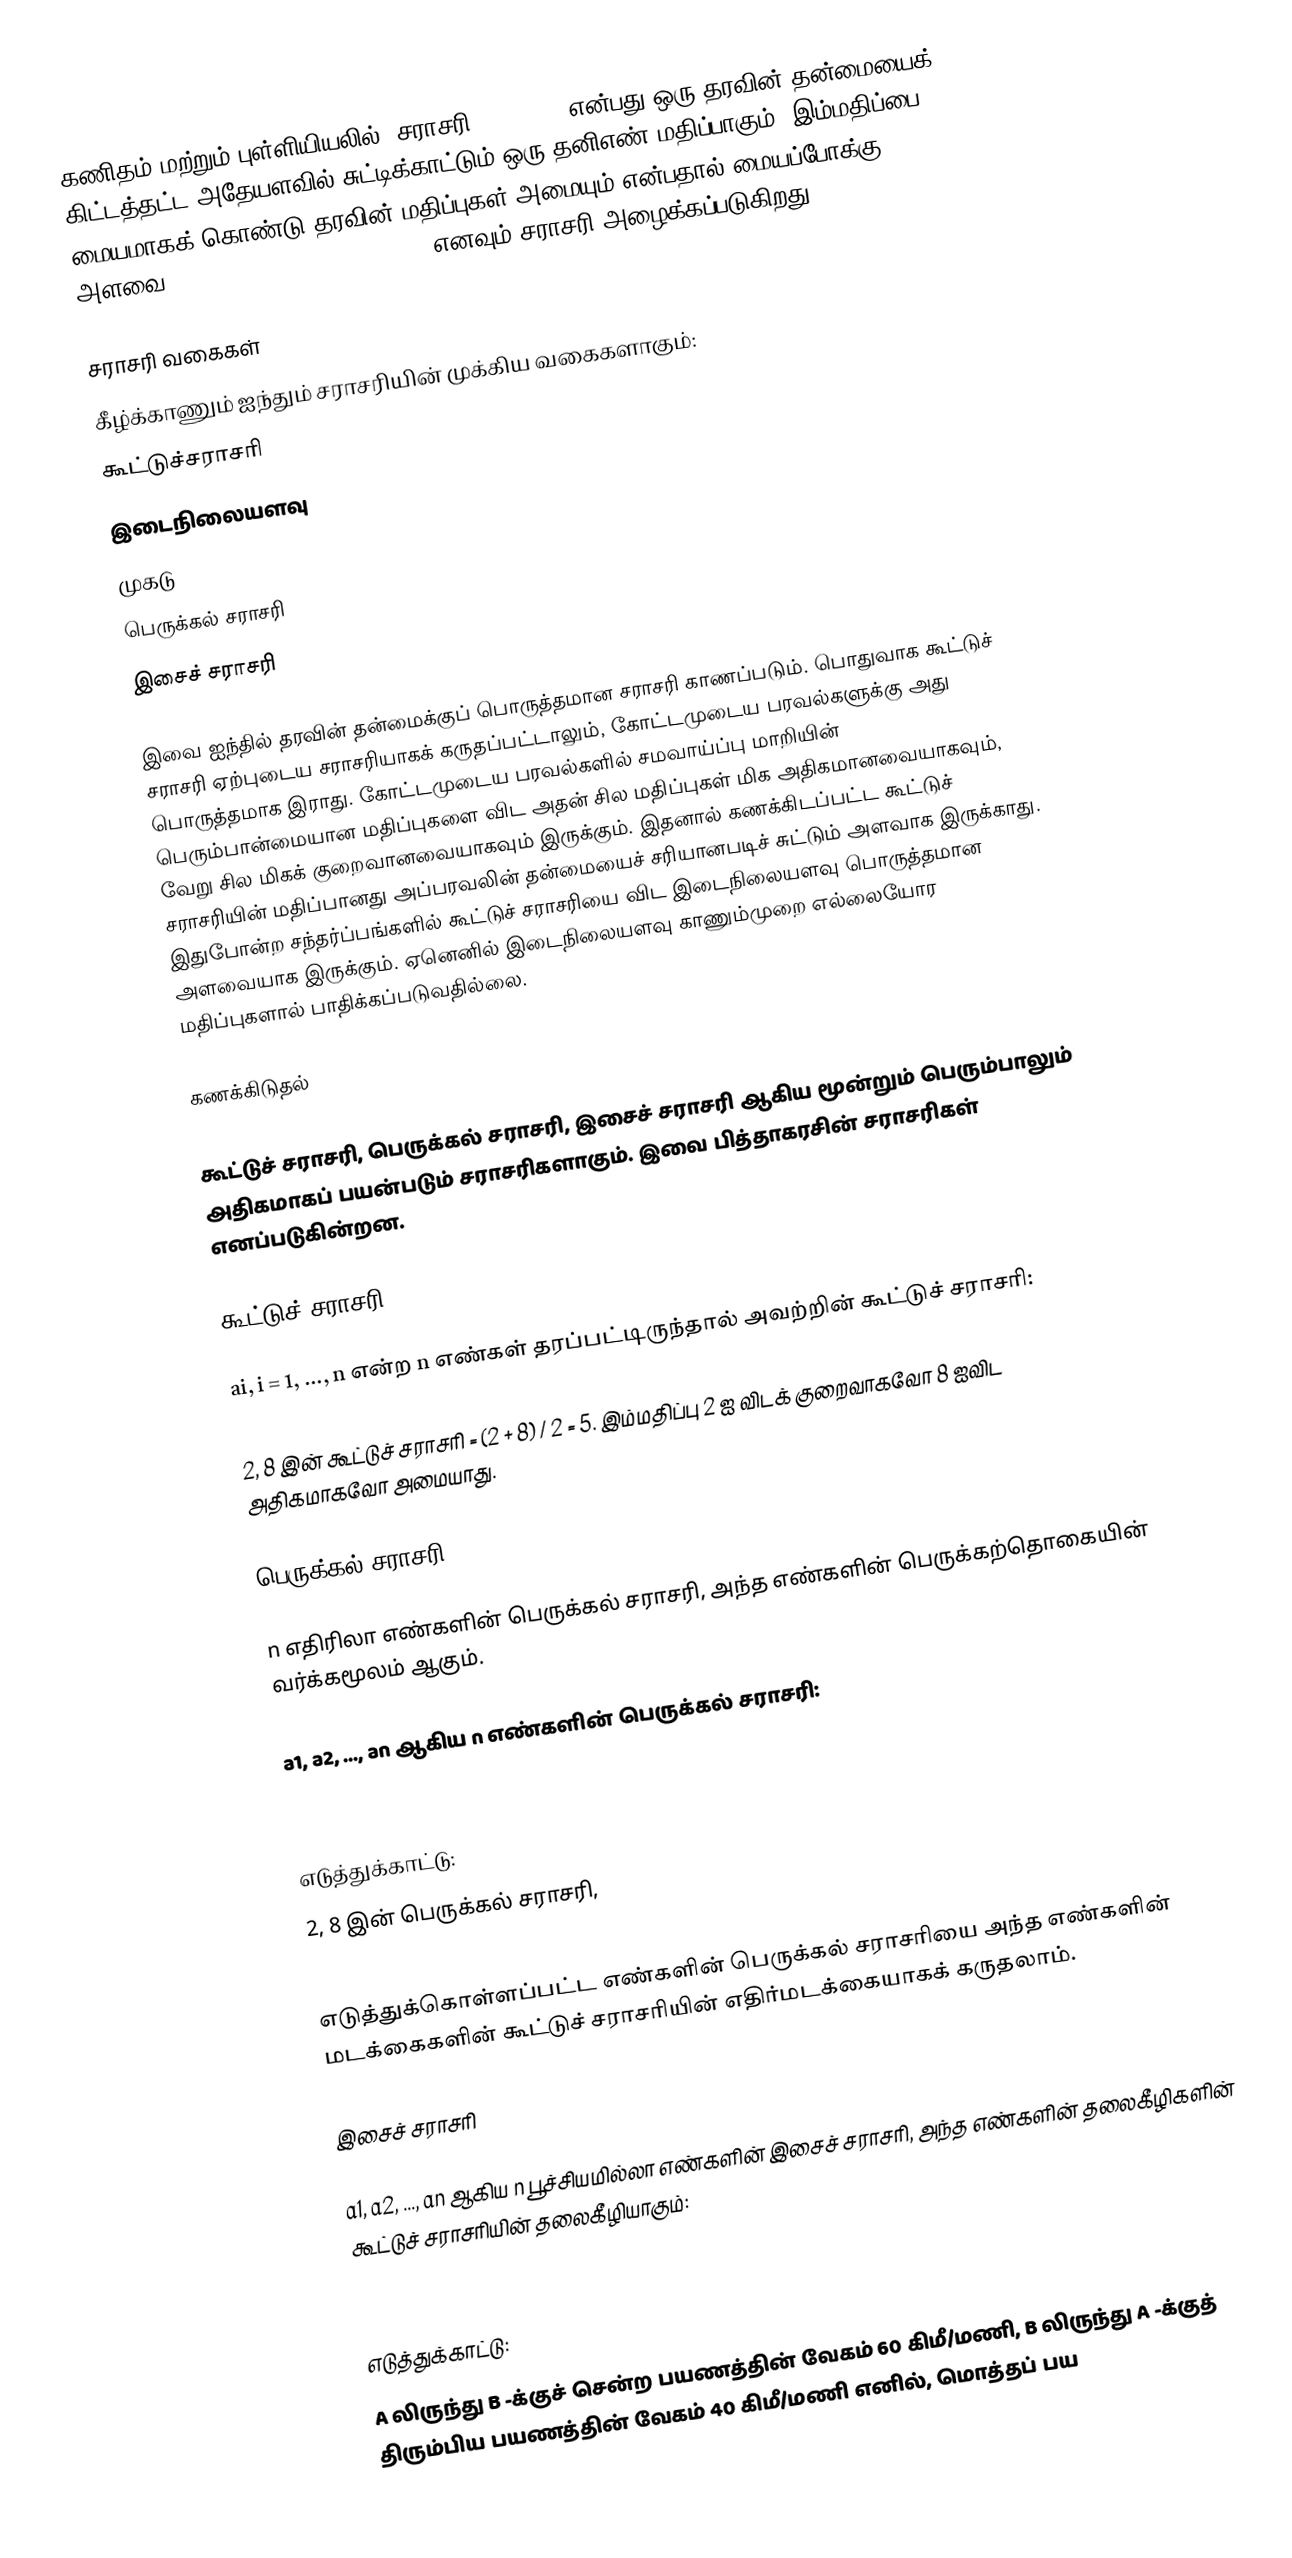
கணிதம் மற்றும் புள்ளியியலில், சராசரி (Average) என்பது ஒரு தரவின் தன்மையைக் கிட்டத்தட்ட அதேயளவில் சுட்டிக்காட்டும் ஒரு தனிஎண் மதிப்பாகும். இம்மதிப்பை மையமாகக் கொண்டு தரவின் மதிப்புகள் அமையும் என்பதால் மையப்போக்கு அளவை (measure of central tendency)எனவும் சராசரி அழைக்கப்படுகிறது.

சராசரி வகைகள்
கீழ்க்காணும் ஐந்தும் சராசரியின் முக்கிய வகைகளாகும்:
 கூட்டுச்சராசரி
 இடைநிலையளவு
 முகடு
பெருக்கல் சராசரி
இசைச் சராசரி

இவை ஐந்தில் தரவின் தன்மைக்குப் பொருத்தமான சராசரி காணப்படும். பொதுவாக கூட்டுச் சராசரி ஏற்புடைய சராசரியாகக் கருதப்பட்டாலும், கோட்டமுடைய பரவல்களுக்கு அது பொருத்தமாக இராது. கோட்டமுடைய பரவல்களில் சமவாய்ப்பு மாறியின்  பெரும்பான்மையான மதிப்புகளை விட அதன் சில மதிப்புகள் மிக அதிகமானவையாகவும், வேறு சில மிகக் குறைவானவையாகவும் இருக்கும். இதனால் கணக்கிடப்பட்ட கூட்டுச் சராசரியின் மதிப்பானது அப்பரவலின் தன்மையைச் சரியானபடிச் சுட்டும் அளவாக இருக்காது. இதுபோன்ற சந்தர்ப்பங்களில் கூட்டுச் சராசரியை விட இடைநிலையளவு பொருத்தமான அளவையாக இருக்கும். ஏனெனில் இடைநிலையளவு காணும்முறை எல்லையோர மதிப்புகளால் பாதிக்கப்படுவதில்லை.

கணக்கிடுதல்

கூட்டுச் சராசரி, பெருக்கல் சராசரி, இசைச் சராசரி ஆகிய மூன்றும் பெரும்பாலும் அதிகமாகப் பயன்படும் சராசரிகளாகும். இவை பித்தாகரசின் சராசரிகள் எனப்படுகின்றன.

கூட்டுச் சராசரி

ai, i = 1, ..., n என்ற n எண்கள் தரப்பட்டிருந்தால் அவற்றின் கூட்டுச் சராசரி:

2, 8 இன் கூட்டுச் சராசரி = (2 + 8) / 2 = 5. இம்மதிப்பு 2 ஐ விடக் குறைவாகவோ 8 ஐவிட அதிகமாகவோ அமையாது.

பெருக்கல் சராசரி

n எதிரிலா எண்களின் பெருக்கல் சராசரி, அந்த எண்களின் பெருக்கற்தொகையின் வர்க்கமூலம் ஆகும்.

a1, a2, ..., an ஆகிய n எண்களின் பெருக்கல் சராசரி:

எடுத்துக்காட்டு:
2, 8 இன் பெருக்கல் சராசரி,

எடுத்துக்கொள்ளப்பட்ட எண்களின் பெருக்கல் சராசரியை அந்த எண்களின் மடக்கைகளின் கூட்டுச் சராசரியின் எதிர்மடக்கையாகக் கருதலாம்.

இசைச் சராசரி

a1, a2, ..., an ஆகிய n பூச்சியமில்லா எண்களின் இசைச் சராசரி, அந்த எண்களின் தலைகீழிகளின் கூட்டுச் சராசரியின் தலைகீழியாகும்:

எடுத்துக்காட்டு:
A லிருந்து B -க்குச் சென்ற பயணத்தின் வேகம் 60 கிமீ/மணி,  B லிருந்து A -க்குத் திரும்பிய பயணத்தின் வேகம் 40 கிமீ/மணி எனில், மொத்தப் பய